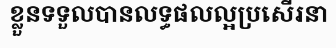
ខ្លួនទទួលបានលទ្ធផលល្អប្រសើរនា